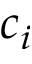
c _ { i }